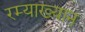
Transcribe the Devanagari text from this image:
रम्याख्यान